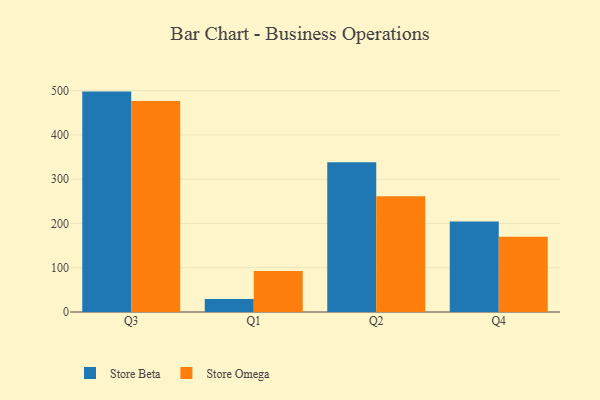
{"axis": {"x": "Quarter", "y": "Shipments"}, "legend": ["Store Beta", "Store Omega"], "data": [{"x": "Q3", "y": 497.8, "type": "Store Beta"}, {"x": "Q3", "y": 476.8, "type": "Store Omega"}, {"x": "Q1", "y": 29.6, "type": "Store Beta"}, {"x": "Q1", "y": 92.5, "type": "Store Omega"}, {"x": "Q2", "y": 338.5, "type": "Store Beta"}, {"x": "Q2", "y": 261.7, "type": "Store Omega"}, {"x": "Q4", "y": 204.4, "type": "Store Beta"}, {"x": "Q4", "y": 170.0, "type": "Store Omega"}]}